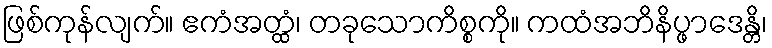
ဖြစ်ကုန်လျက်။ ဧကံအတ္ထံ၊ တခုသောကိစ္စကို။ ကထံအဘိနိပ္ဖာဒေန္တိ၊